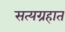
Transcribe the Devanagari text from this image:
सत्यग्रहात